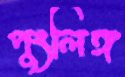
পুংলিঙ্গ